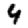
Digit: 4